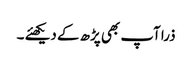
ذرا آپ بھی پڑھ کے دیکھئے ۔